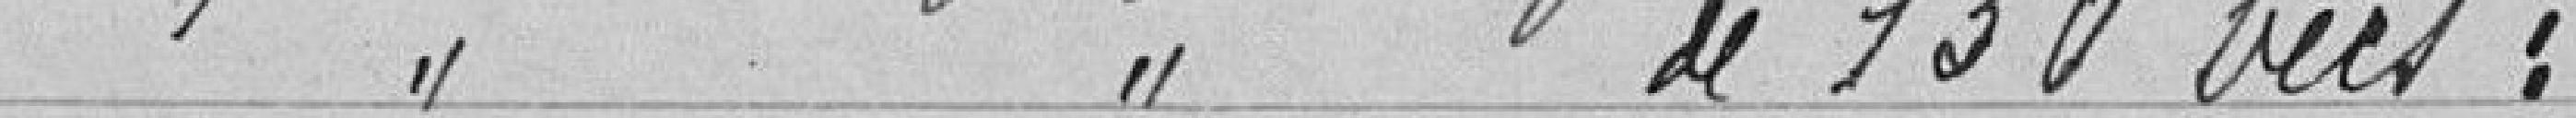
" " " de 130 becs :